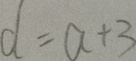
d = a + 3